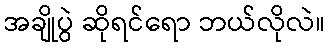
အချိုပွဲ ဆိုရင်ရော ဘယ်လိုလဲ။